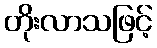
တိုးလာသဖြင့်